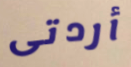
أردتى